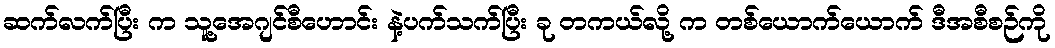
ဆက်လက်ပြီး က သူ့အေဂျင်စီဟောင်း နဲ့ပက်သက်ပြီး ခု တကယ်လို့ က တစ်ယောက်ယောက် ဒီအစီစဉ်ကို